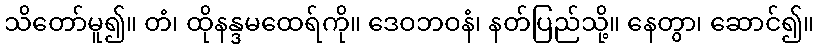
သိတော်မူ၍။ တံ၊ ထိုနန္ဒမထေရ်ကို။ ဒေဝဘဝနံ၊ နတ်ပြည်သို့။ နေတွာ၊ ဆောင်၍။